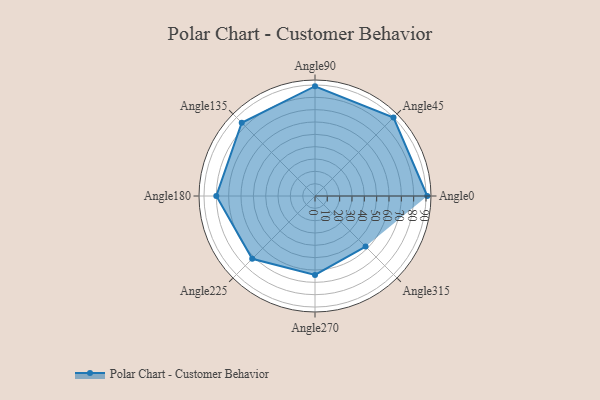
{"axis": {"x": "Angle", "y": "Radius"}, "legend": [""], "data": [{"x": "Angle0", "y": 91.0, "type": ""}, {"x": "Angle45", "y": 90.0, "type": ""}, {"x": "Angle90", "y": 89.0, "type": ""}, {"x": "Angle135", "y": 84.0, "type": ""}, {"x": "Angle180", "y": 80.0, "type": ""}, {"x": "Angle225", "y": 72.0, "type": ""}, {"x": "Angle270", "y": 64.0, "type": ""}, {"x": "Angle315", "y": 58.0, "type": ""}]}